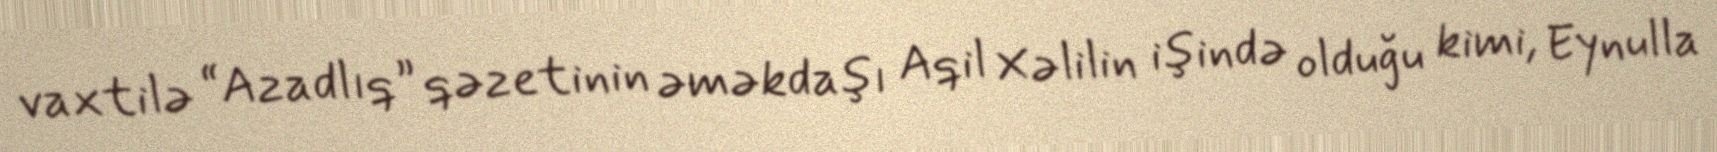
vaxtilə “Azadlıq” qəzetinin əməkdaşı Aqil Xəlilin işində olduğu kimi, Eynulla